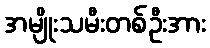
အမျိုးသမီးတစ်ဦးအား